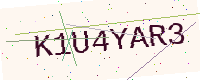
Text: K1U4YAR3